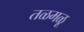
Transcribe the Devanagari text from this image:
तळमळू